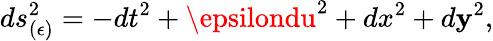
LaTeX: ds_{(\epsilon)}^{2}=-dt^{2}+\epsilondu^{2}+dx^{2}+d\mathbf{y}^{2},